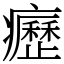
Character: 癧